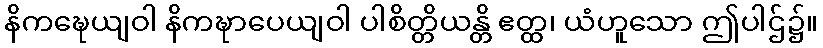
နိကဍ္ဎေယျဝါ နိကဍ္ဎာပေယျဝါ ပါစိတ္တိယန္တိ ဧတ္ထ၊ ယံဟူသော ဤပါဌ်၌။